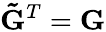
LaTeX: \mathbf{\tilde{G}}^{T}=\mathbf{G}